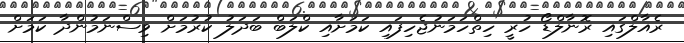
ރެއާލްގައި ރޮނާލްޑޯ ހުރީ ހިތްހަމަނުޖެހިފައި ކަމަށާއި ކްލަބް ބަދަލު ކުރުމަށް ވިސްނަމުންދާ ކަމަށް